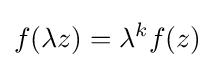
f(\lambda z)=\lambda ^{k}f(z)